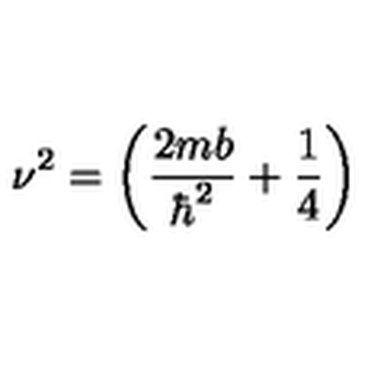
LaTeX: \nu ^ { 2 } = \left( \frac { 2 m b } { \hbar ^ { 2 } } + \frac { 1 } { 4 } \right)